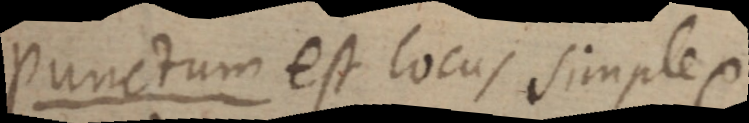
Punctum est locus simple